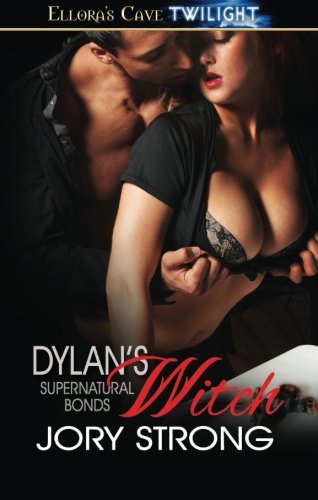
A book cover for Dylan's Witch (supernatural bonds) (Volume 10); Jory Strong; Romance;